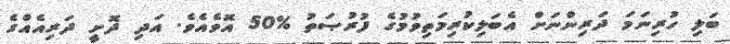
ބަލި ހުރިނަމަ ދަރިންނަށް އެބަލިކުރިމަތިވުމުގެ ފުރުޞަތު %50 އޮވެއެވެ. އަދި ދޮށީ ދަރިއެއްގެ